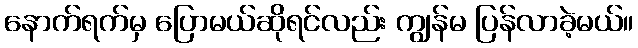
နောက်ရက်မှ ပြောမယ်ဆိုရင်လည်း ကျွန်မ ပြန်လာခဲ့မယ်။